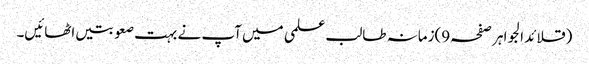
(قلائد الجواہر صفحہ9)زمانہ طالب علمی میں آپ نے بہت صعوبتیں اٹھائیں۔